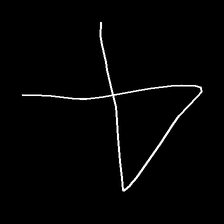
Glyph: collection